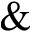
\&